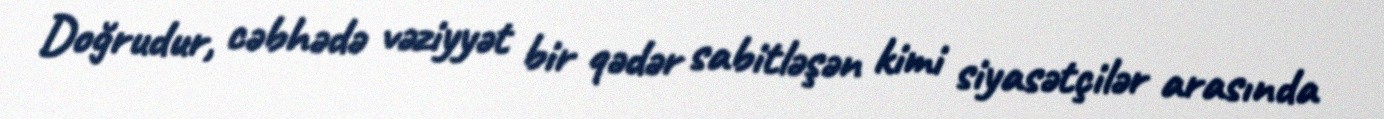
Doğrudur, cəbhədə vəziyyət bir qədər sabitləşən kimi siyasətçilər arasında